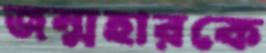
জন্মহারকে